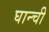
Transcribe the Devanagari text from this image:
घान्ची